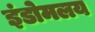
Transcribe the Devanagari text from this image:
इंडोमलय